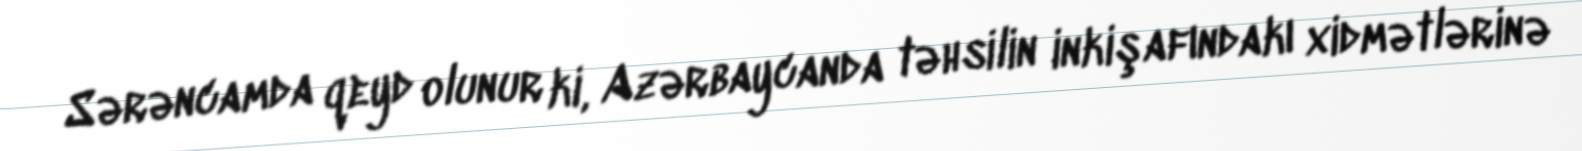
Sərəncamda qeyd olunur ki, Azərbaycanda təhsilin inkişafındakı xidmətlərinə